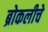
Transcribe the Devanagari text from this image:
ब्रोकलीचे